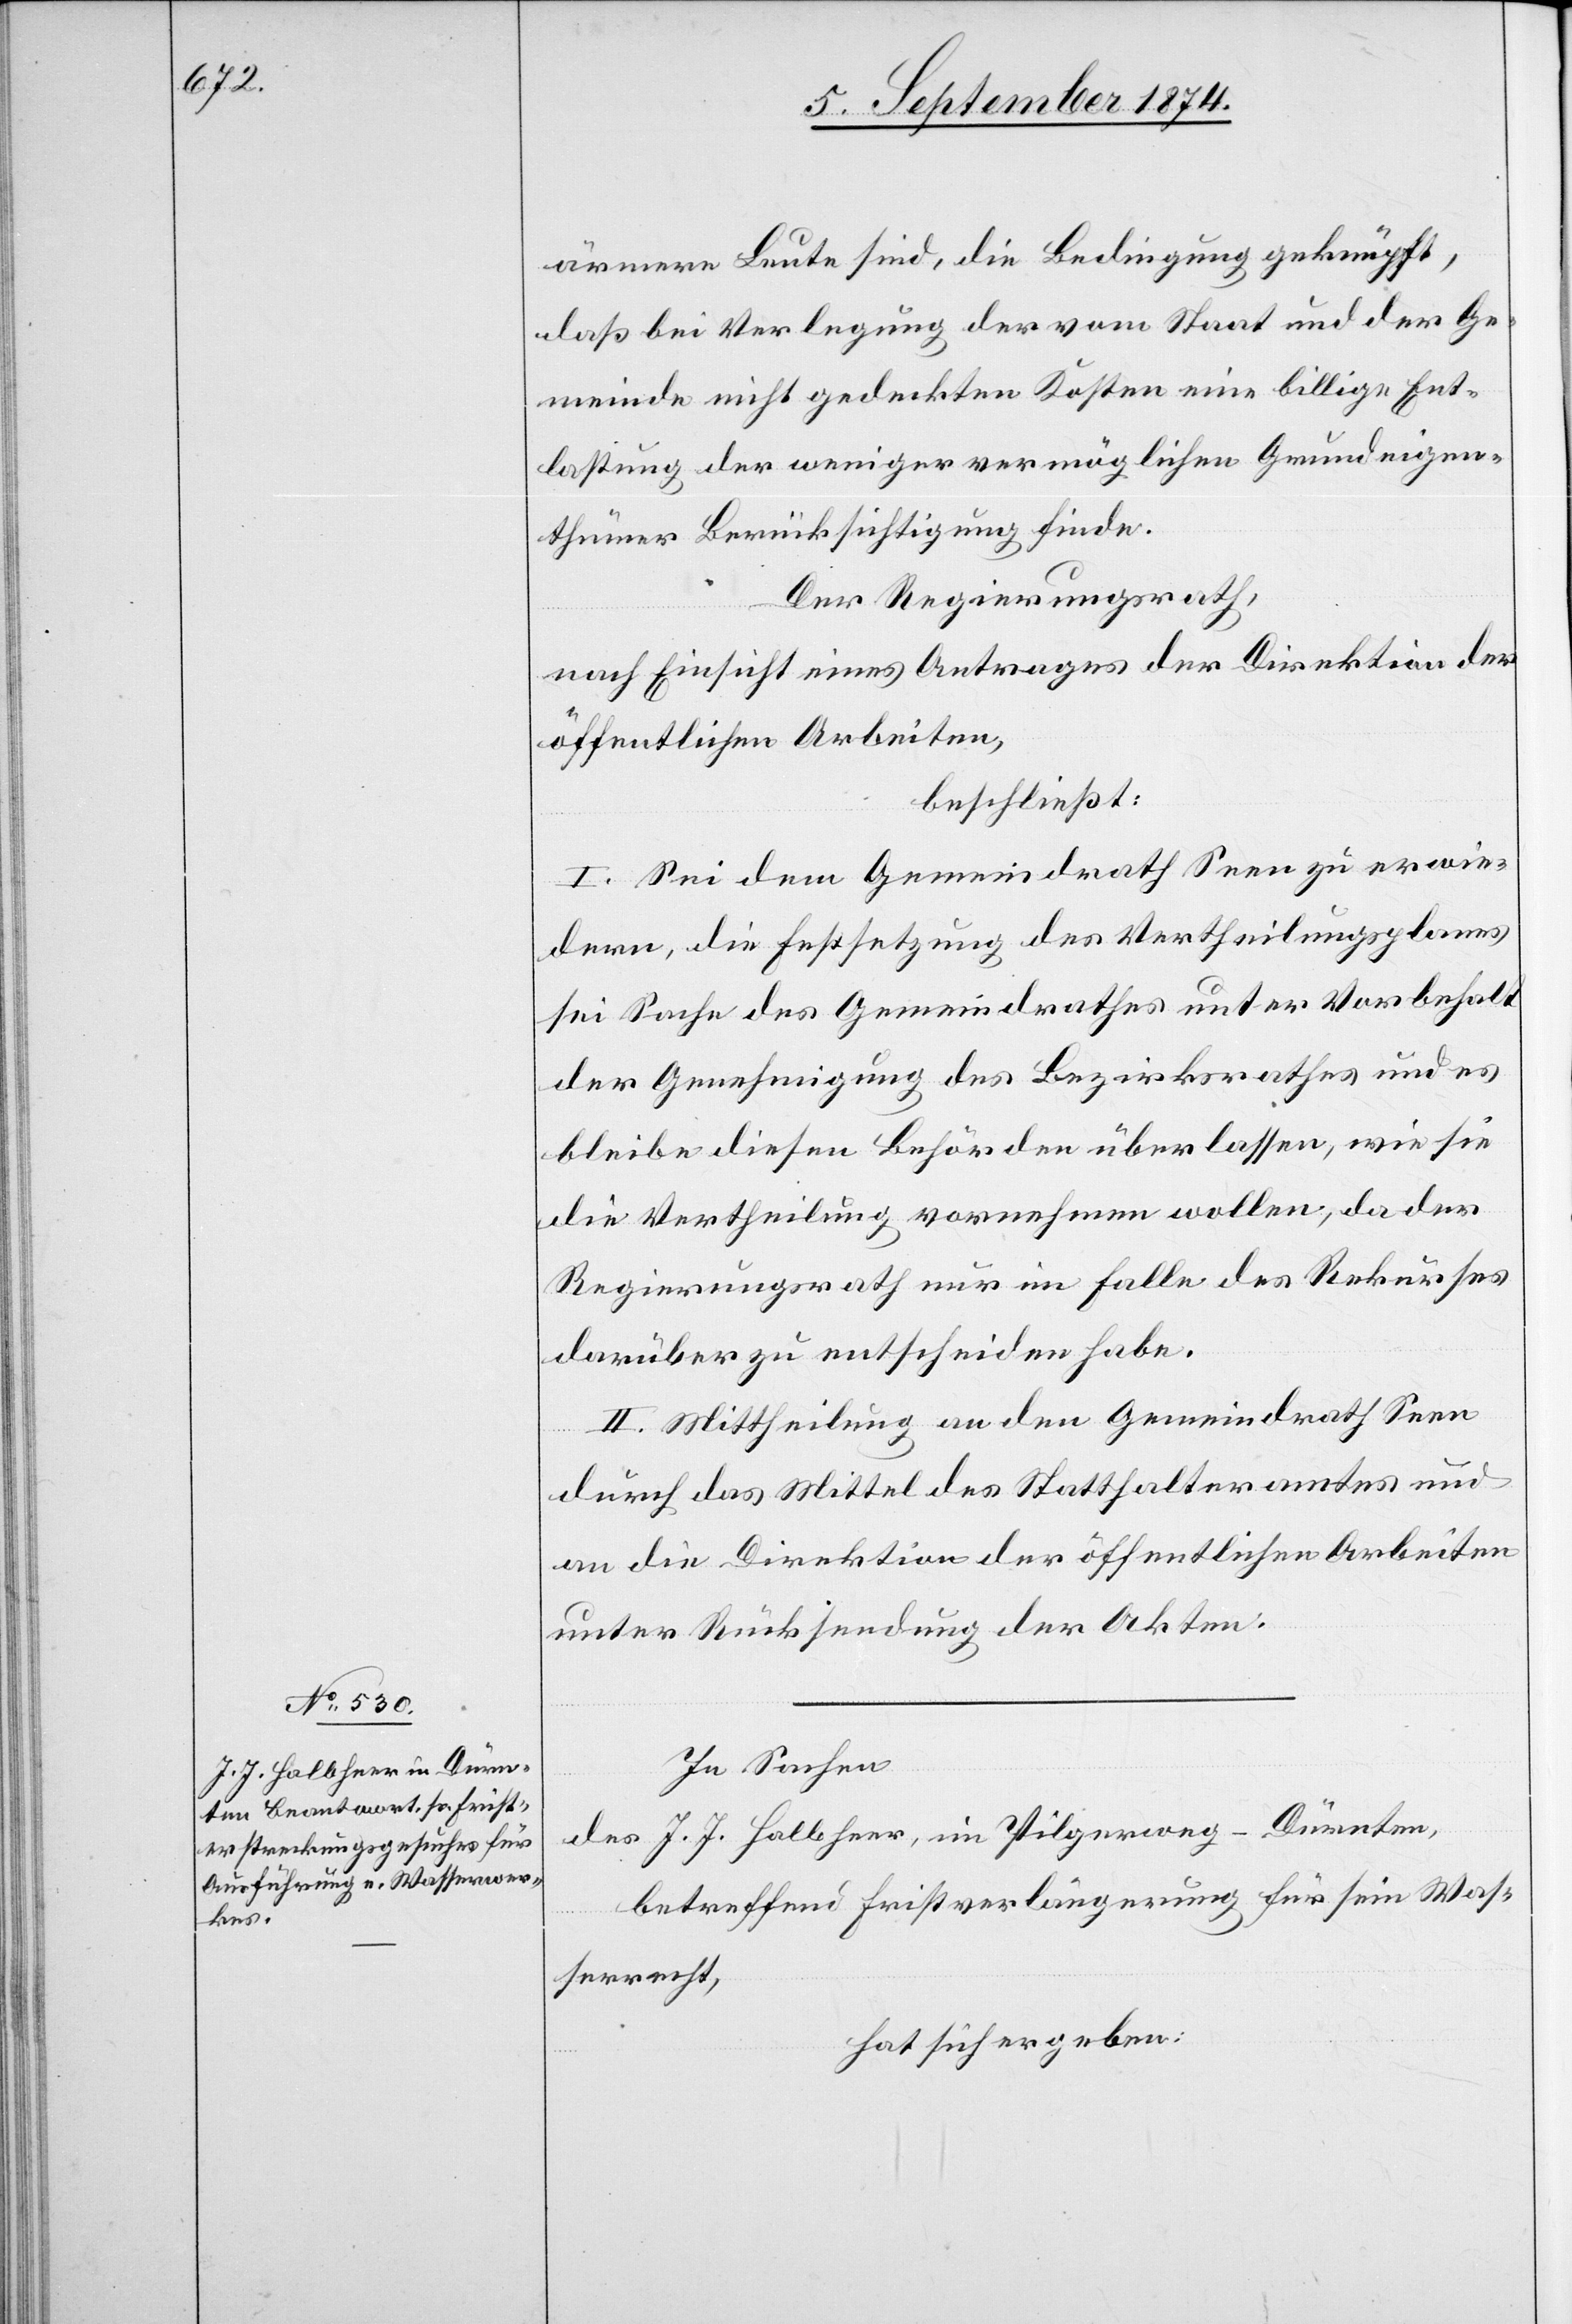
ärmere Leute sind, die Bedingung geknüpft,
daß bei Verlegung der vom Staat und der Ge¬
meinde nicht gedeckten Kosten eine billige Ent¬
lastung der weniger vermöglichen Grundeigen¬
thümer Berücksichtigung finde.
Der Regierungsrath,
nach Einsicht eines Antrages der Direktion der
öffentlichen Arbeiten,
beschließt:
I. Sei dem Gemeindrath Seen zu erwie¬
dern, die Festsetzung des Vertheilungsplanes
sei Sache des Gemeindrathes unter Vorbehalt
der Genehmigung des Bezirksrathes und es
bleibe diesen Behörden überlassen, wie sie
die Vertheilung vornehmen wollen, da der
Regierungsrath nur im Falle des Rekurses
darüber zu entscheiden habe.
II. Mittheilung an den Gemeindrath Seen
durch das Mittel des Statthalteramtes und
an die Direktion der öffentlichen Arbeiten
unter Rücksendung der Akten.
In Sachen
des J. J. Halbheer, im Pilgerweg - Dürnten,
betreffend Fristverlängerung für sein Was¬
serrecht,
hat sich ergeben: